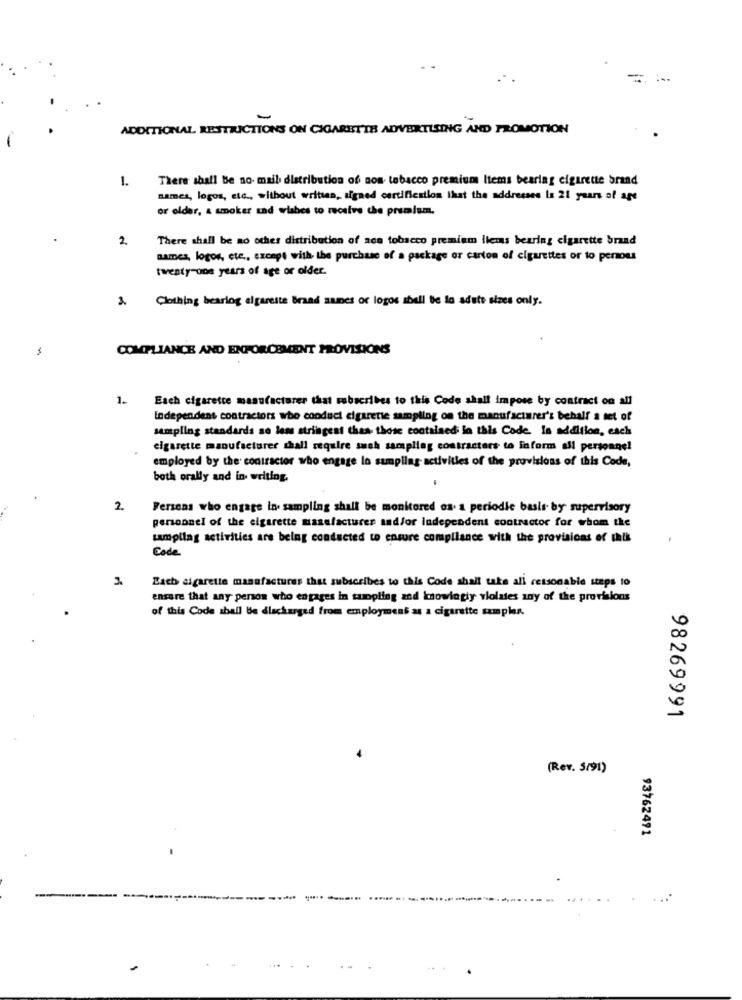
-
ADDITIONAL RESTRICTIONS ON CIGARETTE ADVERTISING AND PROMOTION
1.
There shall be no- mail distribution of non- tobacco premium Items bearing cigarette brand
names, logos, etc ., without written, signed certification that the addresses is 21 years of age
or older, a smoker and wishes to receive the premium.
2.
There shall be no other distribution of aca tobacco premium ilems bearing cigarette brand
names, logos, etc ., except with the purchase of a package or carton of cigarettes or to persons
twenty-one years of age or older.
3. Clothing bearing cigarette Brand names or logos aball be la aduto sizes only.
COMPLIANCE AND ENFORCEMENT PROVISIONS
1. Each cigarette manufacturer that subscribes to this Code shall impose by contract on all
independent contractors who conduct cigarette sampling on the manufacturer's behalf a set of
sampling standards se los stringent than those contained in this Code. In addition, each
cigarette manufacturer shall require such sampling contractors to inform all personne!
employed by the contractor who engage lo sampling activities of the provisions of this Code,
both orally and in writing.
2.
Persons who engage in. sampling shall be monitored os. a periodic basis by supervisory
personnel of the cigarette manufacturer and/or Independent contractor for whom the
tampling activities are being conducted to ensure compliance with the provisions of this
Code
Bach cigarette manufactures that subscribes to this Code shall take all retsonable steps to
ensure that any person who engages in sampling and knowingiy violates any of the provisions
of this Code shall be dlacharged from employment as a cigarette samples.
98269991
(Rev. 5/91)
93762491